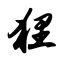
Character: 狸